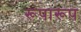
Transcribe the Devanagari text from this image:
रूपारूप